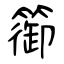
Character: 篽